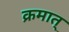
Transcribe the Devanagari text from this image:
क्रमात्